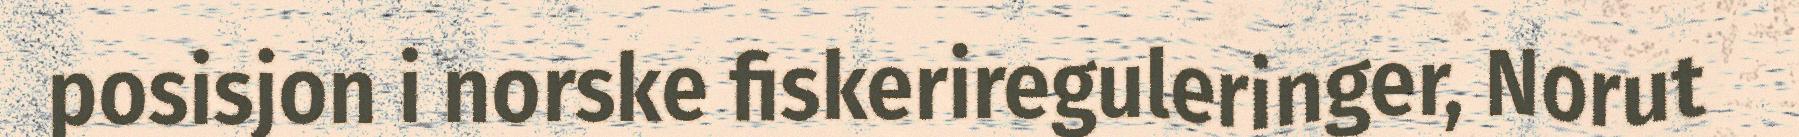
posisjon i norske fiskerireguleringer, Norut